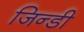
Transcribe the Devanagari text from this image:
जिन्डी